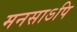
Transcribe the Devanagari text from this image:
मनसाऽपि